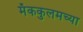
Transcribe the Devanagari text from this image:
मॅककुलमच्या